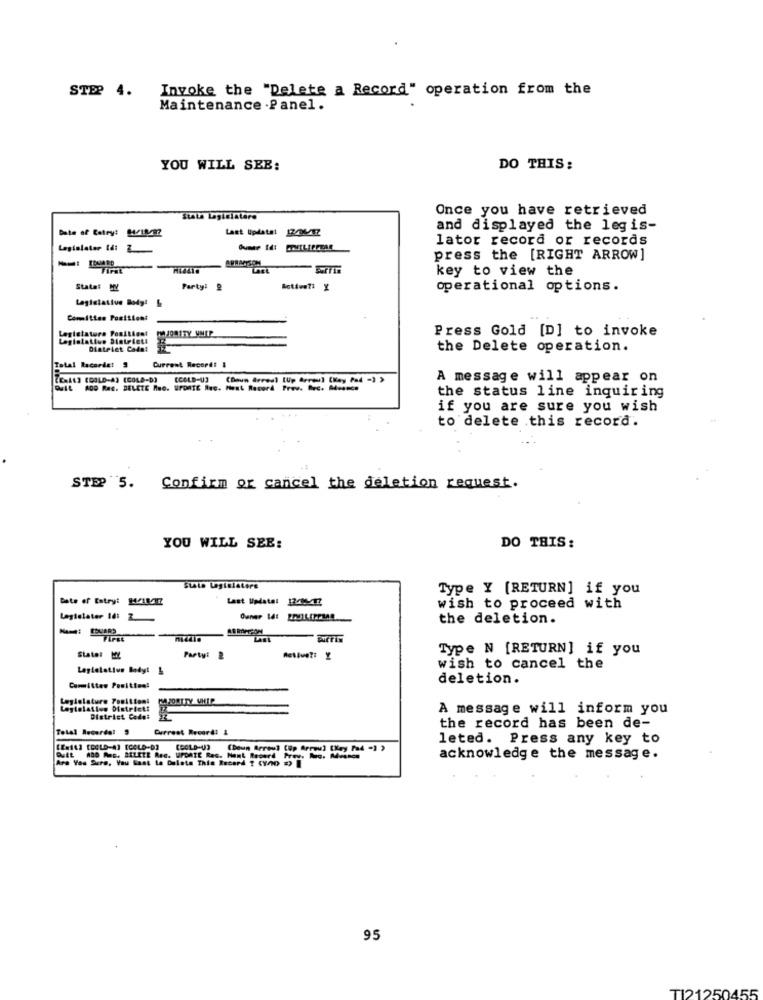
STEP 4.
Invoke the "Delete a Record" operation from the
Maintenance .Panel.
YOU WILL SEE:
DO THIS:
Once you have retrieved
Stata Lagiciatera
Date of tatry: Wilaz
Last Update: 12/04/17
and displayed the legis-
lator record or records
Legislator 14: 2
AWWATSON
press the [RIGHT ARROW]
FIRE
key to view the
Stata: WY
Party!
operational options.
Legislative Body!&
Committen Positiont
Legislatura Ponitient
Press Gold [D] to invoke
Diatelet Cada!
the Delete operation.
Total Racarde: 9
Current Record# 1
KER113 (GOLD-A3 (COLD-D)
[COLD-U3
(Doun Arreal lup Arros] [Key Pad -) >
A message will appear on
DUVIL ACO Res. DELETE Muo. UPDATE Rec. Ment Record Prav. Rrc. Mussce
the status line inquiring
if you are sure you wish
to delete this record.
STEP 5. Confirm or cancel the deletion request.
YOU WILL SEE:
DO THIS:
Stato Legislators
Type Y [RETURN] if you
fate of Estry: WIMEZ
Last Update: 12-05-412
wish to proceed with
Logielater Id: 2
the deletion.
Type N [RETURN] if you
Party: 2
wish to cancel the
deletion.
Committee Position!
Legislature Position!
MAJORITY WHIP
Legislation Districtt
A message will inform you
District Codet
Total Recordel 9
Current Record: 1
the record has been de-
leted. Press any key to
(ECLD-()
(Boun Array] (Up Arrow] [Key Pad -) )
QUEL ADO Pc. BILETE Red. UPDATE Ras. Hunt Record Prov. Mac. Mende
Are You Sure, You Sant to Delete This Record ? (yno 2.
ADO Mus. BILETE Ree. UPDATE
acknowledge the message.
95
TI21250455